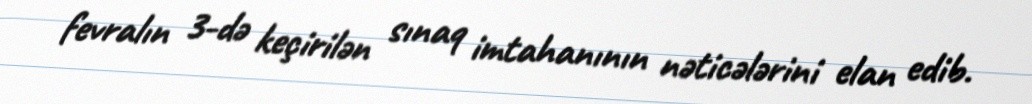
fevralın 3-də keçirilən sınaq imtahanının nəticələrini elan edib.